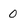
Character: 0